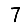
Digit: 7